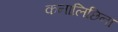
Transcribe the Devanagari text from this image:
कनालिछिना